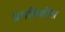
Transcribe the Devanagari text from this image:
प्रगतिशीस